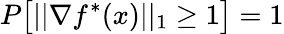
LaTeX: P\big[||\nabla f^{*}(x)||_{1}\geq 1\big]=1